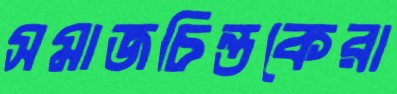
সমাজচিন্তকেরা